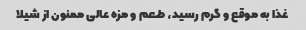
غذا به موقع و گرم رسید، طعم و مزه عالی ممنون از شیلا